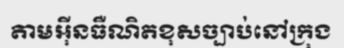
តាមអ៊ីនធឺណិតខុសច្បាប់នៅក្រុង